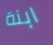
ابنة